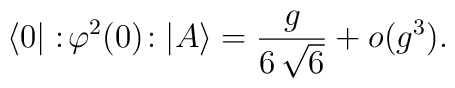
\langle 0 | :\!\varphi^2 (0)\!: | A \rangle = \frac{g}{6\, \sqrt{6}}  + o(g^3).